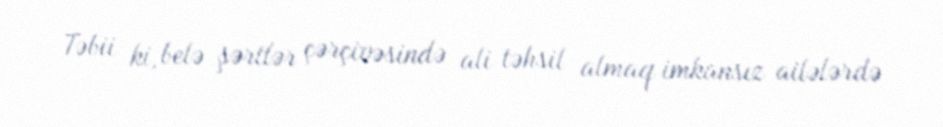
Təbii ki, belə şərtlər çərçivəsində ali təhsil almaq imkansız ailələrdə